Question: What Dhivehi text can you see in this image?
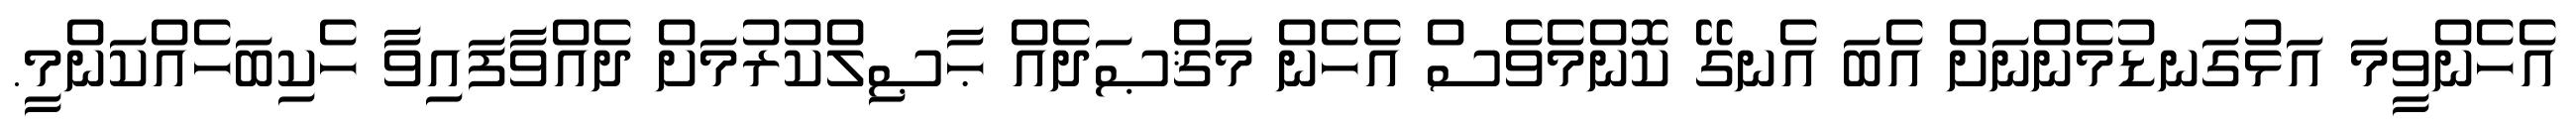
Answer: އެހެންވީމަ އަޅުގަނޑުމެންނަށް އެބަ އެނގޭ ކޮންމެވެސް އެހެން މަޤްޞަދެއް ޙާޞިލްކުރުމަށް ދެއްވާފައިވާ ހެކިބަހެއްކަންމީ.